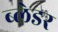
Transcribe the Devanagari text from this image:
ब्लेडर